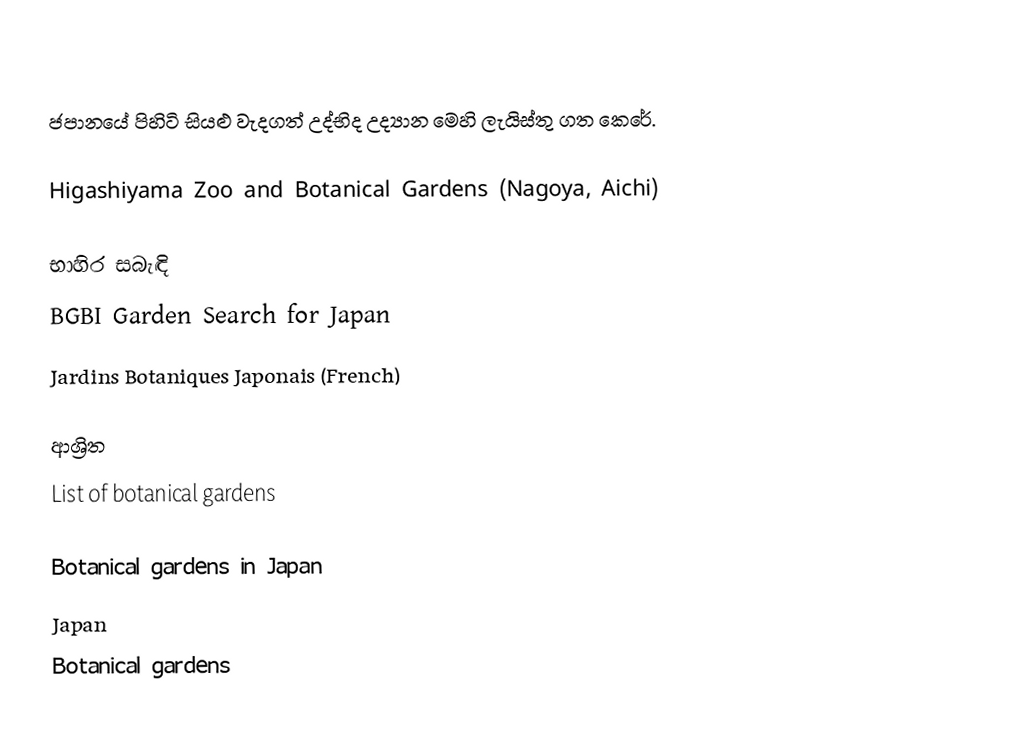
ජපානයේ පිහිටි සියළු වැදගත් උද්භිද උද්‍යාන මෙහි ලැයිස්තු ගත කෙරේ.

 Higashiyama Zoo and Botanical Gardens (Nagoya, Aichi)

භාහිර සබැඳි
 BGBI Garden Search for Japan
 Jardins Botaniques Japonais (French)

ආශ්‍රිත
 List of botanical gardens

Botanical gardens in Japan
Japan
Botanical gardens